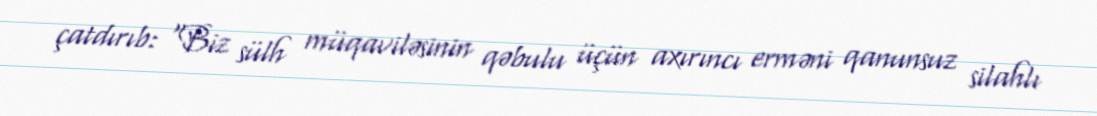
çatdırıb: “Biz sülh müqaviləsinin qəbulu üçün axırıncı erməni qanunsuz silahlı